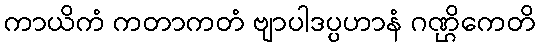
ကာယိကံ ကတာကတံ ဗျာပါဒပ္ပဟာနံ ဂဏ္ဌိကေတိ